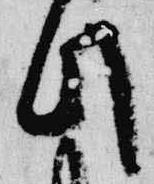
此